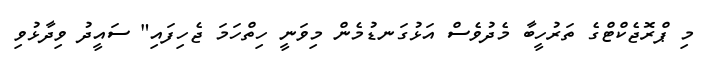
މި ޕްރޮޖެކްޓްގެ ތަރުހީބާ މެދުވެސް އަޅުގަނޑުމެން މިވަނީ ހިތްހަމަ ޖެހިފައި" ސައީދު ވިދާޅުވި